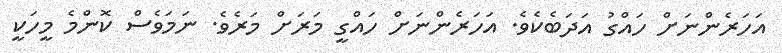
އަހަރެންނަށް ހައްގު އަދަބެކެވެ. އަހަރެންނަށް ހައްގީ މަރަށް މަރެވެ. ނަމަވެސް ކޮންމެ މީހަކީ